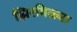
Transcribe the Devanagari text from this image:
झिरमिळ्या